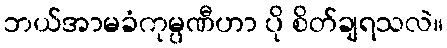
ဘယ်အာမခံကုမ္ပဏီဟာ ပို စိတ်ချရသလဲ။